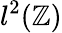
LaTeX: l^{2}(\mathbb{Z})